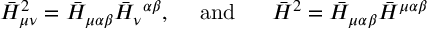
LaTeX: \bar { H } _ { \mu \nu } ^ { 2 } = \bar { H } _ { \mu \alpha \beta } \bar { H } _ { \nu } { } ^ { \alpha \beta } , \ \ \ \ \mathrm { a n d } \ \ \ \ \ \bar { H } ^ { 2 } = \bar { H } _ { \mu \alpha \beta } \bar { H } ^ { \mu \alpha \beta }